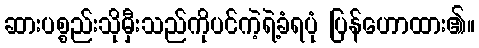
ဆားပစ္စည်းသိုမှီးသည်ကိုပင်ကဲ့ရဲ့ခံရပုံ ပြန်ဟောထား၏။